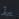
يرثى